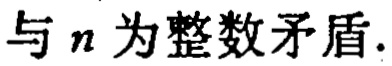
与\(n\)为整数矛盾.